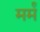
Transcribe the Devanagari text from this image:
मर्मं